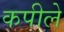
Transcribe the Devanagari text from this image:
कपीले